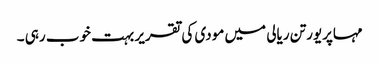
مہاپریورتن ریالی میں مودی کی تقریر بہت خوب رہی ۔